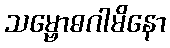
သမ္ဗောဓဂါမိနော